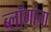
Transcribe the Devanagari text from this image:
ब्लॉगांना